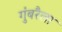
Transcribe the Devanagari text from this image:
गुंबरैला